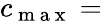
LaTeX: c_{\mathrm{~m~a~x~}}=